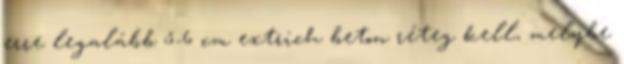
erre legalább 5-6 cm extrich beton réteg kell, melybe